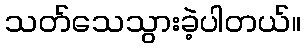
သတ်သေသွားခဲ့ပါတယ်။